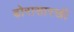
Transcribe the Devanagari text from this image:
ढोरासारखी